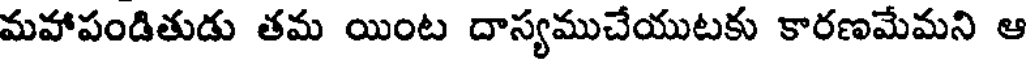
మహాపండితుడు తమ యింట దాస్యముచేయుటకు కారణమేమని ఆ